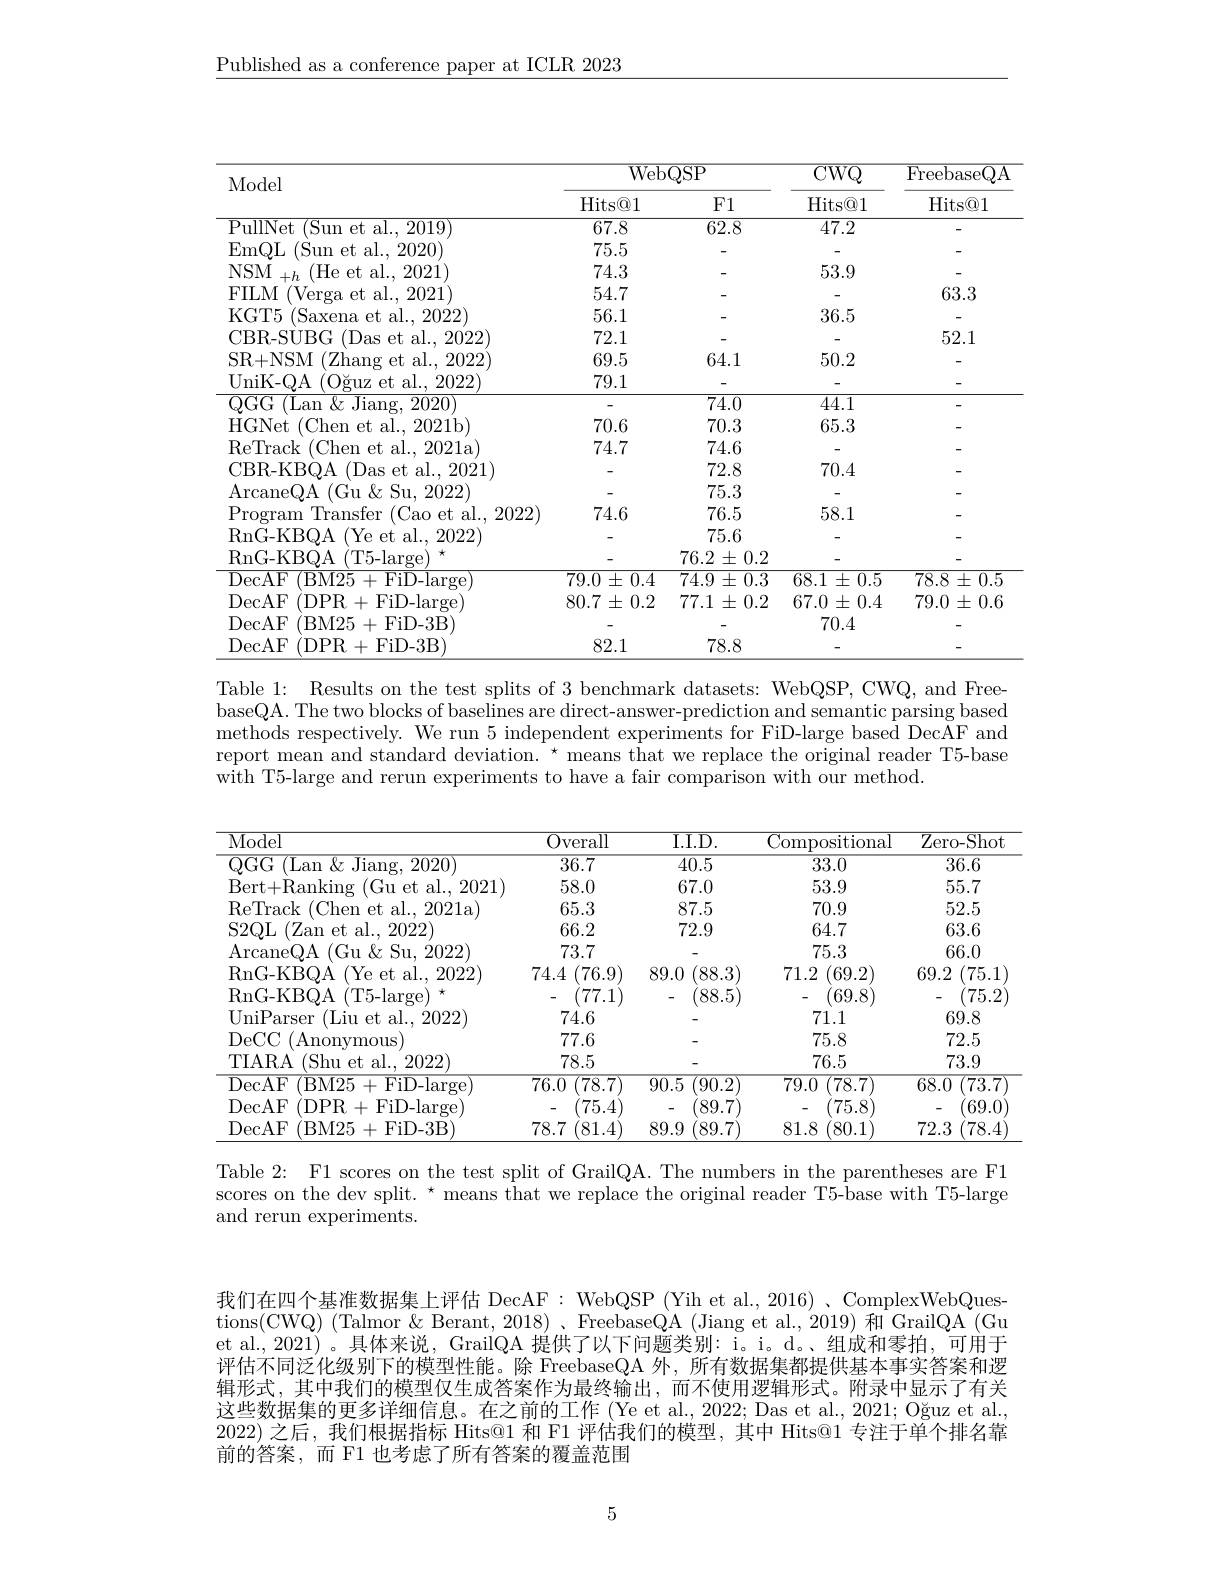
$\underline{\text{Published as a conference paper at ICLR 2023}}$

<table>
	<tbody>
		<tr>
			<th rowspan="2">Model</th>
			<th colspan="2">$\overline{\mathrm{WebQSP}}$</th>
			<th rowspan="2">$\overline{\mathrm{CWQ}}$ Hits@ 1</th>
			<th rowspan="2">$\overline{{\mathrm{FreebaseQA}}}$ Hits@ 1</th>
		</tr>
		<tr>
			<th>Hits@ 1</th>
			<th>F1</th>
		</tr>
		<tr>
			<td>$\overline{\mathrm{PullNet}}$ (Sun et al., 2019)</td>
			<td>67.8</td>
			<td>62.8</td>
			<td>47.2</td>
			<td> </td>
		</tr>
		<tr>
			<td>EmQL (Sun et al..2020)</td>
			<td>75.5</td>
			<td> </td>
			<td> </td>
			<td> </td>
		</tr>
		<tr>
			<td>$\mathrm{NSM}_{+h}$ (He et al., 2021)</td>
			<td>74.3</td>
			<td> </td>
			<td>53.9</td>
			<td> </td>
		</tr>
		<tr>
			<td>FILM (Verga et al., 2021)</td>
			<td>54.7</td>
			<td> </td>
			<td> </td>
			<td>63.3</td>
		</tr>
		<tr>
			<td>KGT5 $^{\prime}$Saxena et al., 2022)</td>
			<td>56.1</td>
			<td> </td>
			<td>36.5</td>
			<td> </td>
		</tr>
		<tr>
			<td>CBR- SUBG (Das et al., 2022)</td>
			<td>72.1</td>
			<td> </td>
			<td> </td>
			<td>52.1</td>
		</tr>
		<tr>
			<td>SR+NSM (Zhang et al., 2022) $f$</td>
			<td>69.5</td>
			<td>64.1</td>
			<td>50.2</td>
			<td> </td>
		</tr>
		<tr>
			<td>UniK- QA (Oguz et al. , 2022)</td>
			<td>79.1</td>
			<td> </td>
			<td> </td>
			<td> </td>
		</tr>
		<tr>
			<td>${\mathrm{OGG}}$ (Lan $\&$ Jiang. 2020)</td>
			<td> </td>
			<td>$\overline{74.0}$</td>
			<td>44.1</td>
			<td> </td>
		</tr>
		<tr>
			<td>HGNet (Chen et al., 2021b)</td>
			<td>70.6</td>
			<td>70.3</td>
			<td>65.3</td>
			<td> </td>
		</tr>
		<tr>
			<td>ReTrack (Chen et al., 2021a</td>
			<td>74.7</td>
			<td>74.6</td>
			<td> </td>
			<td> </td>
		</tr>
		<tr>
			<td>CBR- KBQA (Das et al., 2021)</td>
			<td> </td>
			<td>72.8</td>
			<td>70.4</td>
			<td> </td>
		</tr>
		<tr>
			<td>ArcaneQA ( Gu $\&$ Su, 2022</td>
			<td> </td>
			<td>75.3</td>
			<td> </td>
			<td> </td>
		</tr>
		<tr>
			<td>$\operatorname{Program}$ Transfer ${\textbf{r}}({\text{Cao et al., 2022}})$ 1</td>
			<td>74.6</td>
			<td>76.5</td>
			<td>58.1</td>
			<td> </td>
		</tr>
		<tr>
			<td>RnG-KBQA (Ye et al., 2022)</td>
			<td> </td>
			<td>75.6</td>
			<td> </td>
			<td> </td>
		</tr>
		<tr>
			<td>$\operatorname{RnG-KBQA}$ (T5-large</td>
			<td> </td>
			<td>$76.2\pm0.2$</td>
			<td> </td>
			<td> </td>
		</tr>
		<tr>
			<td>DecAF (BM25+FiD-large</td>
			<td>$79.0\pm0.4$</td>
			<td>$74.9\pm0.3$</td>
			<td>$68.1\pm0.5$</td>
			<td>$78.8\pm0.5$</td>
		</tr>
		<tr>
			<td>DecAF ( DPR+ FiD- large</td>
			<td>$80.7\pm0.2$</td>
			<td>$77.1\pm0.2$</td>
			<td>$67.0\pm0.4$</td>
			<td>$79.0\pm0.6$</td>
		</tr>
		<tr>
			<td>DecAF BM25 5+FiD-3B</td>
			<td> </td>
			<td> </td>
			<td>70.4</td>
			<td> </td>
		</tr>
		<tr>
			<td>DecAF (DPR+FiD-3B)</td>
			<td>82.1</td>
			<td>78.8</td>
			<td> </td>
			<td> </td>
		</tr>
	</tbody>
</table>

Table 1: Results on the test splits of 3 benchmark datasets: WebQSP, CWQ, and FreebaseQA. The two blocks of baselines are direct-answer-prediction and semantic parsing based methods respectively. We run 5 independent experiments for FiD-large based DecAF and report mean and standard deviation. $^{\star}$ means that we replace the original reader T5-base $\dot{\text{with T5-large and rerun experiments to have a fair comparison with our method.}}$

<table>
	<tbody>
		<tr>
			<th>Model</th>
			<th>Overall</th>
			<th>$\overline{\mathrm{I.I.D.}}$</th>
			<th>Compositional</th>
			<th>$\overline{{\mathrm{Zero-Shot}}}$</th>
		</tr>
		<tr>
			<td>QGG (Lan $\&$ Jiang, 2020) </td>
			<td>36.7</td>
			<td>40.5</td>
			<td>33.0</td>
			<td>36.6</td>
		</tr>
		<tr>
			<td>Bert+ Ranking (Gu et al., 2021)</td>
			<td>58.0</td>
			<td>67.0</td>
			<td>53.9</td>
			<td>55.7</td>
		</tr>
		<tr>
			<td>ReTrack (Chen et al., 2021a)</td>
			<td>65.3</td>
			<td>87.5</td>
			<td>70.9</td>
			<td>52.5</td>
		</tr>
		<tr>
			<td>$S2QL$ (Zan et al., 2022)</td>
			<td>66.2</td>
			<td>72.9</td>
			<td>64.7</td>
			<td>63.6</td>
		</tr>
		<tr>
			<td>ArcaneQA ( Gu $\&$ Su, 2022) </td>
			<td>73.7</td>
			<td> </td>
			<td>75.3</td>
			<td>66.0</td>
		</tr>
		<tr>
			<td>RnG-KBQA (Ye et al., 2022)</td>
			<td>(76.9) 74.4</td>
			<td>$^{\prime}88.3)$ 89.0</td>
			<td>71.2 69.2</td>
			<td>75.1 69.2</td>
		</tr>
		<tr>
			<td>$\operatorname{RnG-KBQA}$ (T5-large)</td>
			<td>(77.1)</td>
			<td>$^{\prime}88.5$</td>
			<td>(69.8)</td>
			<td>(75.2</td>
		</tr>
		<tr>
			<td>UniParser (Liu et al.,2022)</td>
			<td>74.6</td>
			<td> </td>
			<td>71.1</td>
			<td>69.8</td>
		</tr>
		<tr>
			<td>DeCC (Anonymous</td>
			<td>77.6</td>
			<td> </td>
			<td>75.8</td>
			<td>72.5</td>
		</tr>
		<tr>
			<td>TIARA (Shu et al., 2022</td>
			<td>78.5</td>
			<td> </td>
			<td>76.5</td>
			<td>73.9</td>
		</tr>
		<tr>
			<td>DecAF (BM25+FiD-large</td>
			<td>76.0 $\overline{(78.7)}$</td>
			<td>90.5 90.2)</td>
			<td>79.0 (78.7)</td>
			<td>68.0 (73.7</td>
		</tr>
		<tr>
			<td>DecAF (DPR+FiD-large)</td>
			<td>(75.4)</td>
			<td>89.7</td>
			<td>75.8</td>
			<td>69.0</td>
		</tr>
		<tr>
			<td>DecAF $^{/ }$BM25 +FiD-3B</td>
			<td>78.7 (81.4</td>
			<td>89.9 $^{\prime}89.7)$</td>
			<td>81.8 80.1</td>
			<td>72.3 (78.4</td>
		</tr>
	</tbody>
</table>

Table 2: F1 scores on the test split of GrailQA. The numbers in the parentheses are F1 scores on the dev split. * means that we replace the original reader T5-base with T5-large and rerun experiments.

我们在四个基准数据集上评估 DecAF: WebQSP (Yih et al., 2016) 、ComplexWebQuestions(CWQ) (Talmor & Berant, 2018) 、FreebaseQA (Jiang et al., 2019) 和 GrailQA (Gu et al., 2021)。具体来说，GrailQA 提供了以下问题类别：i。i。d。组成和零拍，可用于评估不同泛化级别下的模型性能。除 FreebaseQA 外，所有数据集都提供基本事实答案和逻辑形式，其中我们的模型仅生成答案作为最终输出，而不使用逻辑形式。附录中显示了有关这些数据集的更多详细信息。在之前的工作 (Ye et al., 2022; Das et al., 2021; Oğuz et al., 2022) 之后，我们根据指标 Hits@1 和 F1 评估我们的模型，其中 Hits@1 专注于单个排名靠前的答案，而 F1 也考虑了所有答案的覆盖范围

5